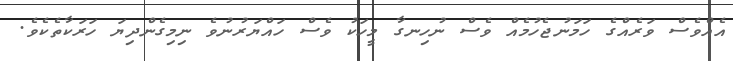
އެއްވެސް ވަރެއްގެ ހަމަނުޖެހުމެއް ވެސް ނުހިނގާ މީހަކު ވެސް ހައްޔަރުނުވެ ނިމިގެންދިޔަ ހަރަކާތެކެވެ.